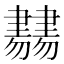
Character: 𦘨